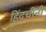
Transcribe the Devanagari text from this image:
हिंदचीनी